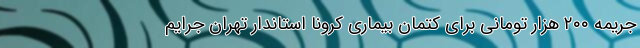
جریمه ۲۰۰ هزار تومانی برای کتمان بیماری کرونا استاندار تهران جرایم